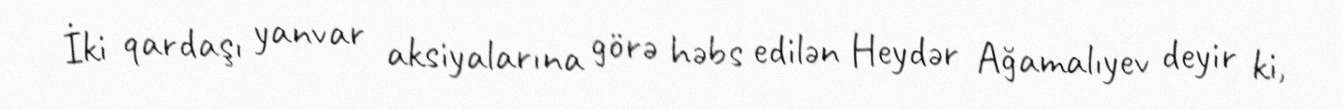
İki qardaşı yanvar aksiyalarına görə həbs edilən Heydər Ağamalıyev deyir ki,